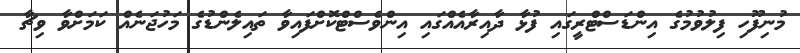
މުނިފޫހި ފިލުވުމުގެ އިންޑަސްޓްރީގައި ފުޅާ ދާއިރާއެއްގައި އިންވެސްޓްކޮށްފައިވާ ތައިލެންޑުގެ މަހުޖަނެއް ކަމަށްވާ ވިޗާ